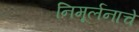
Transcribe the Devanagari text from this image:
निमूर्लनाचे